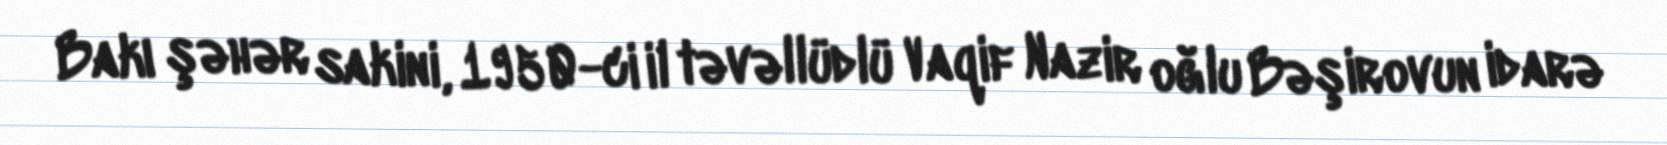
Bakı şəhər sakini, 1950-ci il təvəllüdlü Vaqif Nazir oğlu Bəşirovun idarə